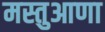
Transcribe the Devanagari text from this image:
मस्तुआणा